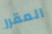
المقرر